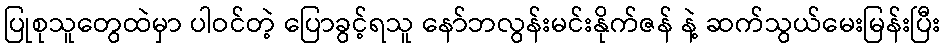
ပြုစုသူတွေထဲမှာ ပါဝင်တဲ့ ပြောခွင့်ရသူ နော်ဘလွန်းမင်းနိုက်ဇန် နဲ့ ဆက်သွယ်မေးမြန်းပြီး